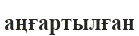
аңғартылған